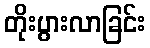
တိုးပွားလာခြင်း